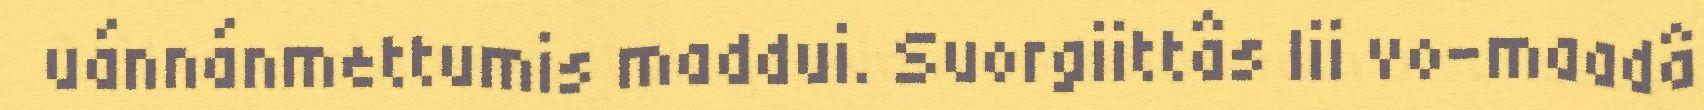
uánnánmettumis maddui. Suorgiittâs lii vo-maadâ